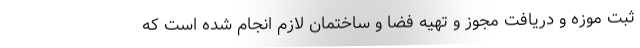
ثبت موزه و دریافت مجوز و تهیه فضا و ساختمان لازم انجام شده است که